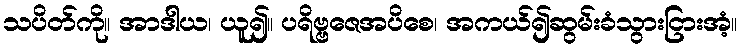
သပိတ်ကို။ အာဒါယ၊ ယူ၍။ ပရိဗ္ဗဇေအပိစေ၊ အကယ်၍ဆွမ်းခံသွားငြားအံ့။